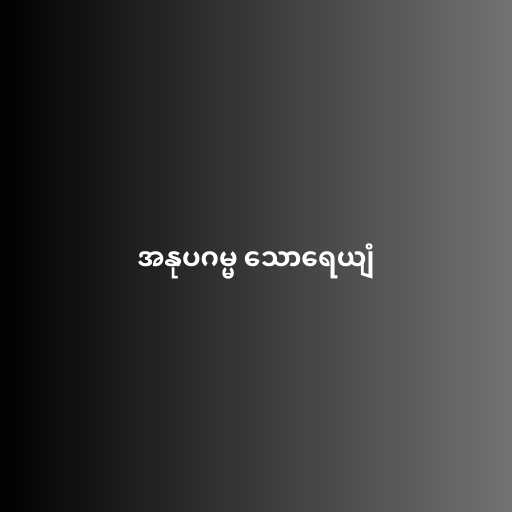
အနုပဂမ္မ သောရေယျံ